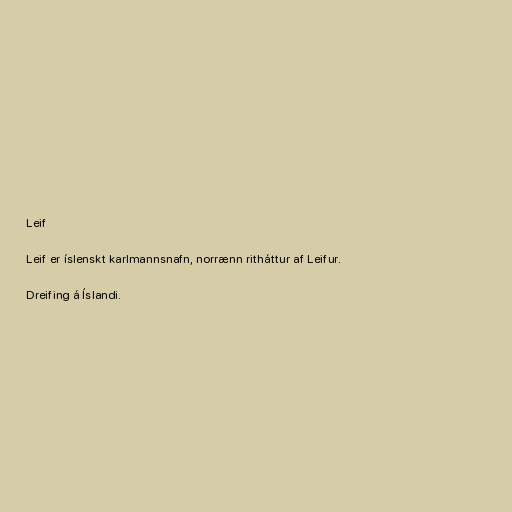
Leif

Leif er íslenskt karlmannsnafn, norrænn ritháttur af Leifur.

Dreifing á Íslandi.